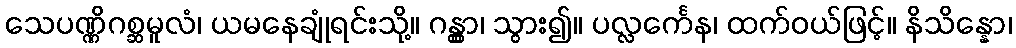
သေပဏ္ဏိဂစ္ဆမူလံ၊ ယမနေချုံရင်းသို့။ ဂန္တွာ၊ သွား၍။ ပလ္လင်္ကေန၊ ထက်ဝယ်ဖြင့်။ နိသိန္နော၊